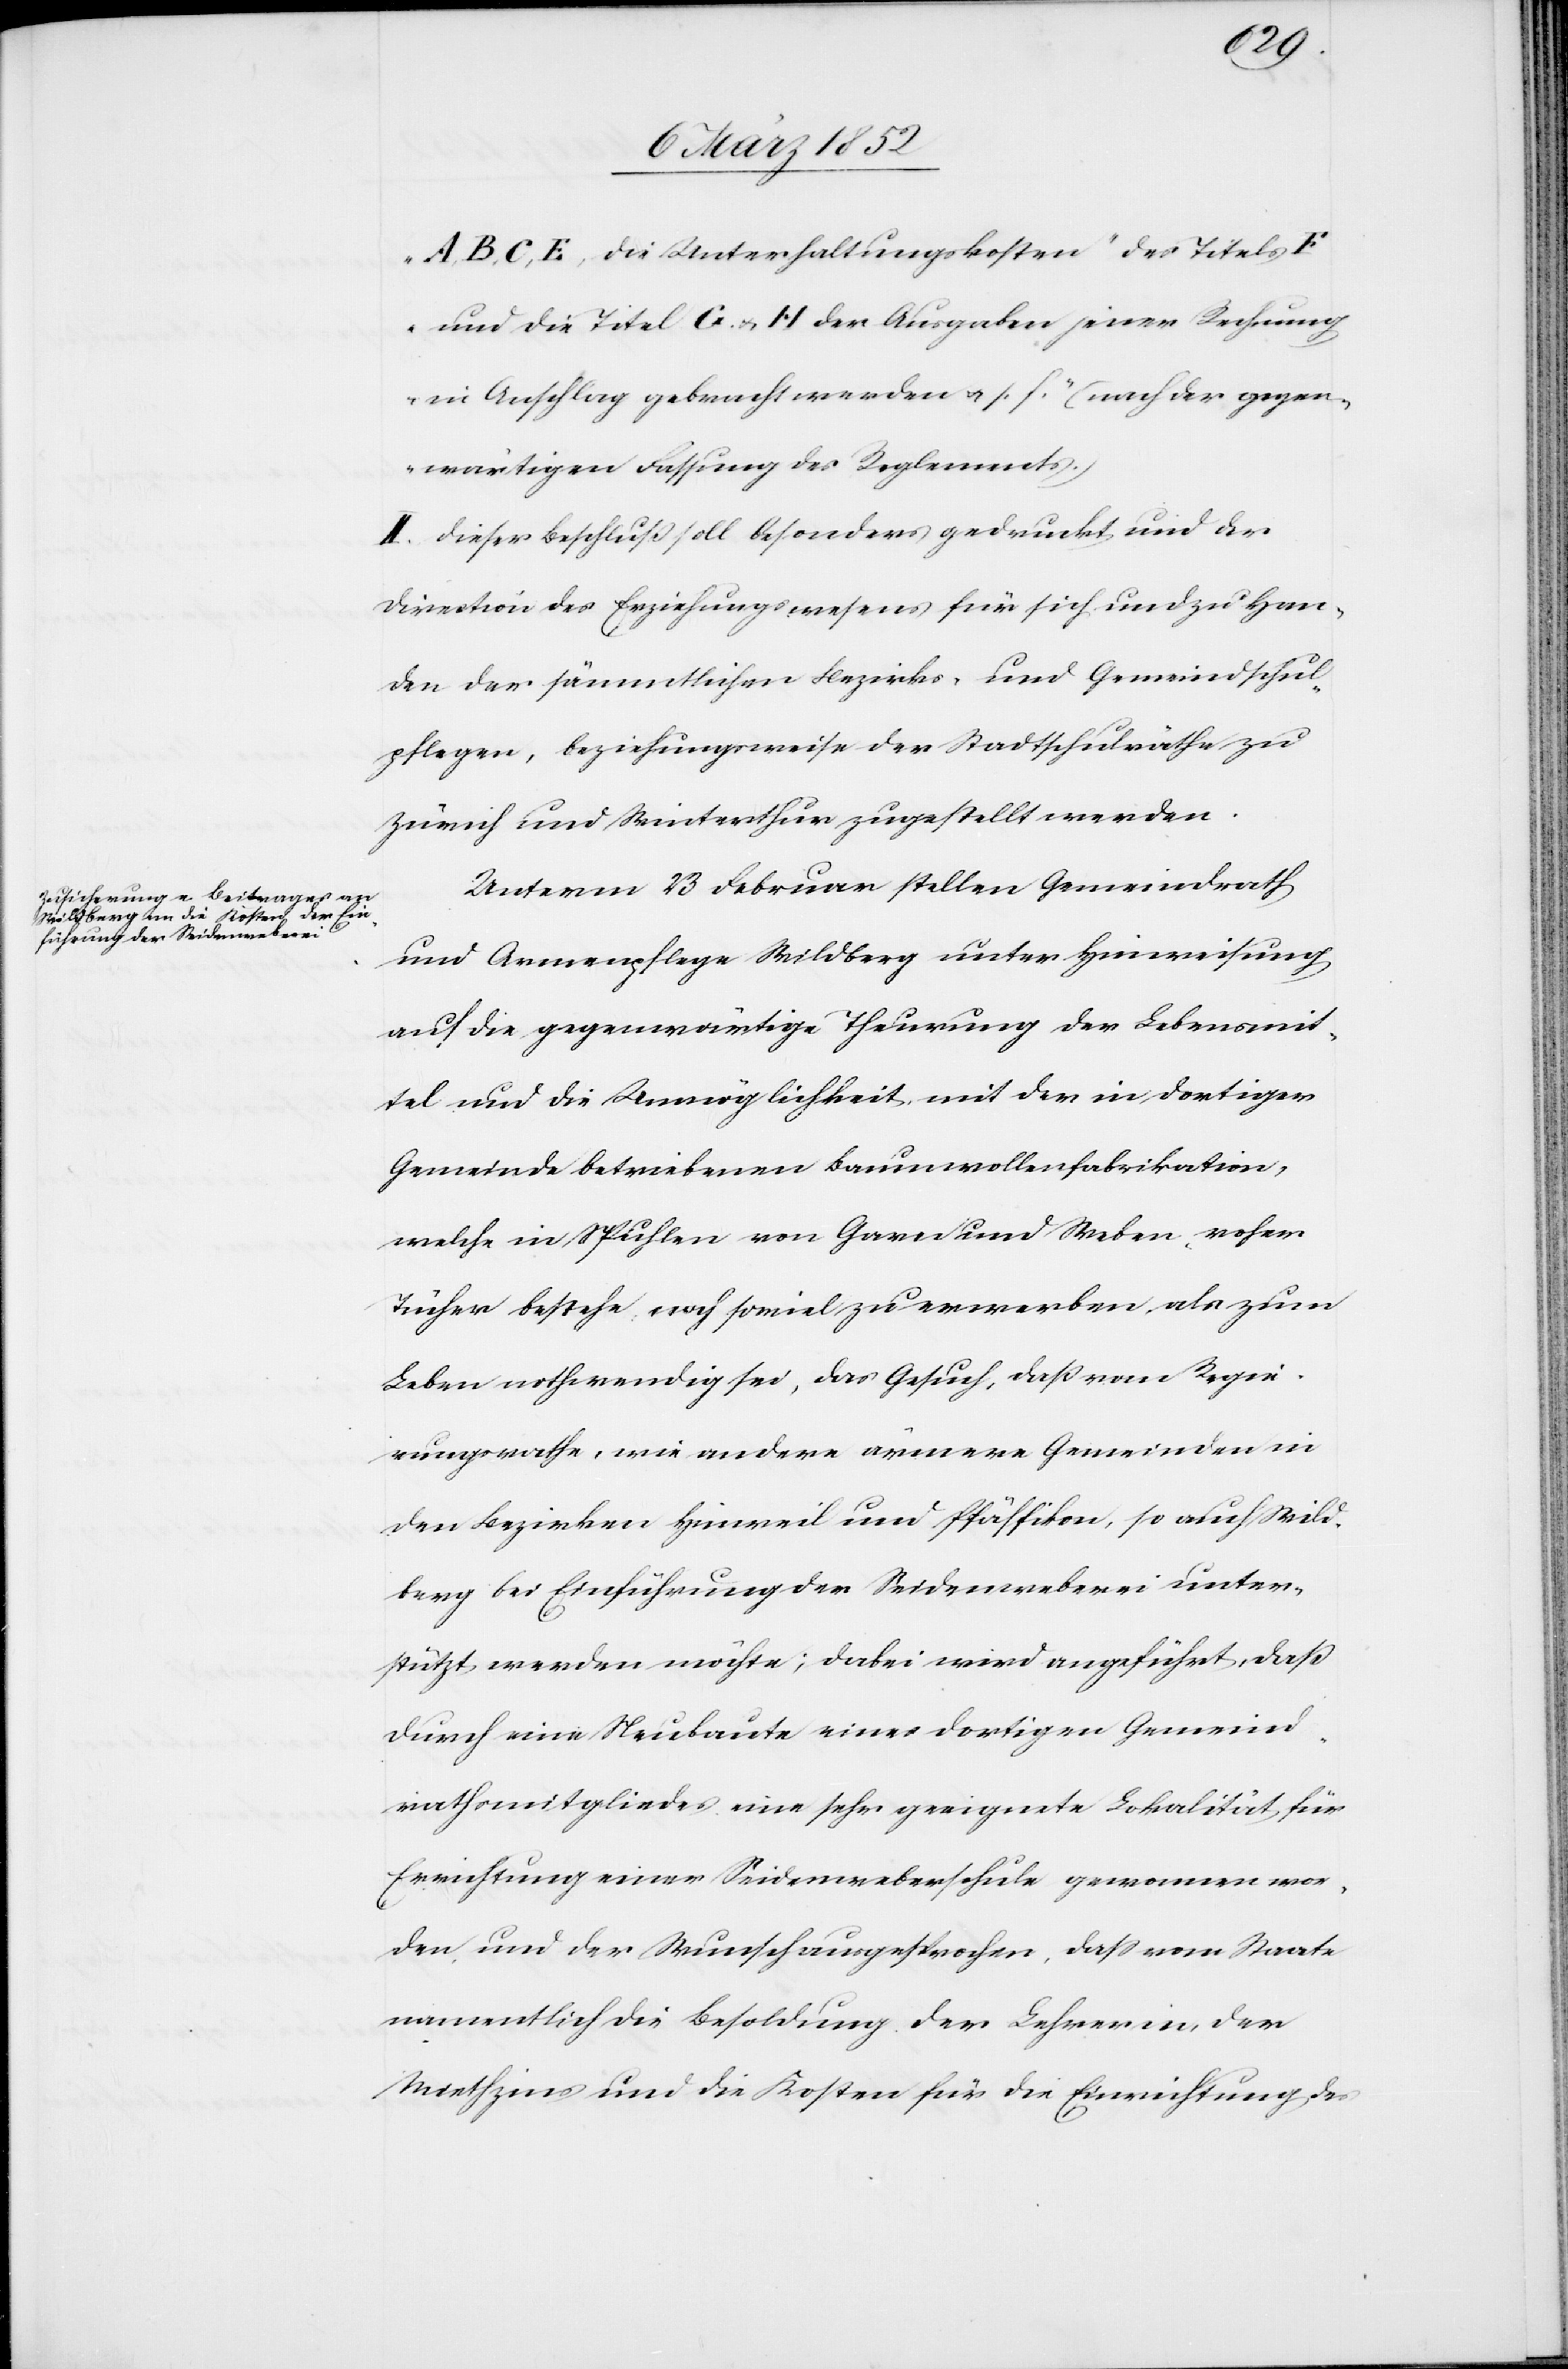
A, B, C, E, die Unterhaltungskosten, des Titels F
und die Titel G u. H der Ausgaben jener Rechnung
in Anschlag gebracht werden u. s. f.“ (nach der gegen¬
wärtigen Fassung des Reglements.)
II. Dieser Beschluß soll besonders gedruckt und der
Direction des Erziehungswesens für sich und zu Han¬
den der sämmtlichen Bezirks- und Gemeindschul¬
pflegen, beziehungsweise der Stadtschulräthe zu
Zürich und Winterthur zugestellt werden.
Unterm 23 Februar stellen Gemeindrath
und Armenpflege Wildberg unter Hinweisung
auf die gegenwärtige Theuerung der Lebensmit¬
tel und die Unmöglichkeit mit der in dortiger
Gemeinde betriebenen Baumwollenfabrikation,
welche in Spuhlen von Garn und Weben roher
Tücher bestehe, noch soviel zu erwerben, als zum
Leben nothwendig sei, das Gesuch, daß vom Regie¬
rungsrathe, wie andere ärmere Gemeinden in
den Bezirken Hinweil und Pfäffikon, so auch Wild¬
berg die Einführung der Seidenweberei unter¬
stützt werden möchte; dabei wird angeführt, daß
durch eine Neubaute eines dortigen Gemeind¬
rathsmitgliedes eine sehr geeignete Lokalität für
Errichtung einer Seidenweberschule gewonnen wor¬
den und der Wunsch ausgesprochen, daß vom Staate
namentlich die Besoldung der Lehrerin, der
Miethzins und die Kosten für die Einrichtung des